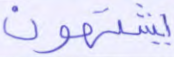
يشتهون